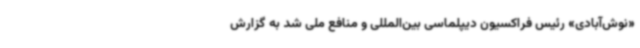
«نوش‌آبادی» رئیس فراکسیون دیپلماسی بین‌المللی و منافع ملی‌ شد به گزارش